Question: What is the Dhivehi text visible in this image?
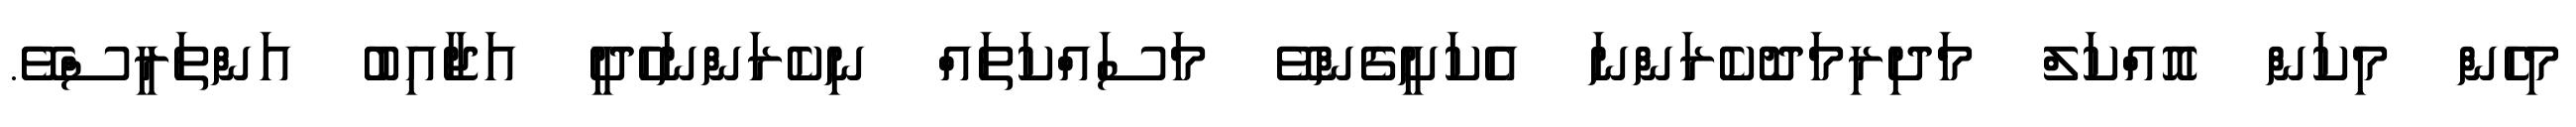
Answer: މިހެން މިކަން އޮއްކަލް މަދިރިމަދޮކެރަންނަ އެކަށީގެންވޭ މަސައްކަތައް ނިކެރަންނަހެދީ އަޖާއިބު އަންތަރީސްވޭ.